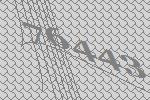
76443